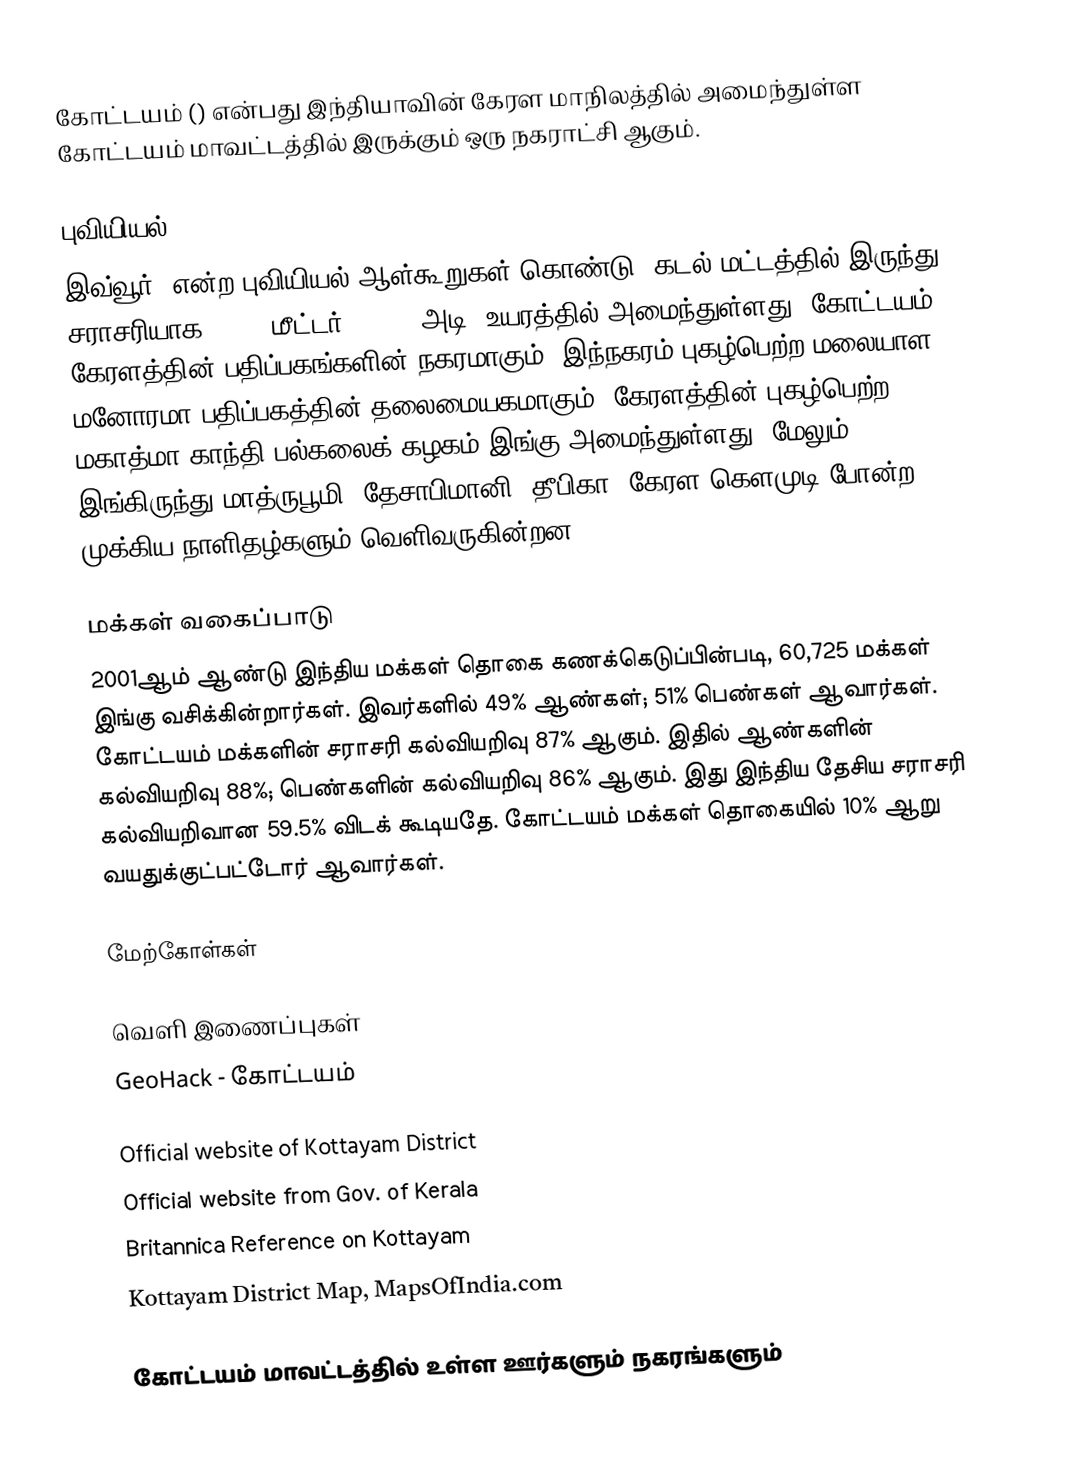
கோட்டயம் () என்பது இந்தியாவின் கேரள மாநிலத்தில் அமைந்துள்ள கோட்டயம் மாவட்டத்தில் இருக்கும் ஒரு நகராட்சி ஆகும்.

புவியியல்
இவ்வூர்,  என்ற புவியியல் ஆள்கூறுகள் கொண்டு, கடல் மட்டத்தில் இருந்து சராசரியாக 47.96 மீட்டர் (157.3 அடி) உயரத்தில் அமைந்துள்ளது. கோட்டயம், கேரளத்தின் பதிப்பகங்களின் நகரமாகும். இந்நகரம்  புகழ்பெற்ற  மலையாள மனோரமா பதிப்பகத்தின் தலைமையகமாகும். கேரளத்தின்  புகழ்பெற்ற மகாத்மா காந்தி பல்கலைக் கழகம் இங்கு அமைந்துள்ளது. மேலும் இங்கிருந்து மாத்ருபூமி, தேசாபிமானி, தீபிகா, கேரள கௌமுடி போன்ற முக்கிய நாளிதழ்களும் வெளிவருகின்றன.

மக்கள் வகைப்பாடு
2001ஆம் ஆண்டு இந்திய மக்கள் தொகை கணக்கெடுப்பின்படி, 60,725 மக்கள் இங்கு வசிக்கின்றார்கள். இவர்களில் 49% ஆண்கள்; 51% பெண்கள் ஆவார்கள். கோட்டயம் மக்களின் சராசரி கல்வியறிவு 87% ஆகும். இதில் ஆண்களின் கல்வியறிவு 88%; பெண்களின் கல்வியறிவு 86% ஆகும். இது இந்திய தேசிய சராசரி கல்வியறிவான 59.5% விடக் கூடியதே. கோட்டயம் மக்கள் தொகையில் 10%  ஆறு வயதுக்குட்பட்டோர் ஆவார்கள்.

மேற்கோள்கள்

வெளி இணைப்புகள்
 GeoHack - கோட்டயம்

 Official website of Kottayam District
 Official website from Gov. of Kerala
 Britannica Reference on Kottayam
 Kottayam District Map, MapsOfIndia.com

கோட்டயம் மாவட்டத்தில் உள்ள ஊர்களும் நகரங்களும்